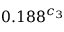
0 . 1 8 8 ^ { c _ { 3 } }